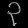
Digit: ၃